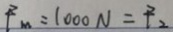
F _ { m } = 1 0 0 0 N = F _ { 2 }